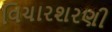
વિચારશરણી